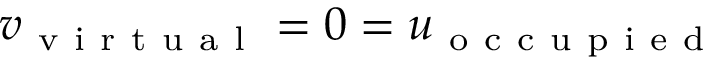
v _ { \mathrm { ~ v ~ i ~ r ~ t ~ u ~ a ~ l ~ } } = 0 = u _ { \mathrm { ~ o ~ c ~ c ~ u ~ p ~ i ~ e ~ d ~ } }